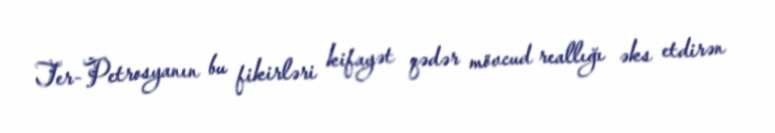
Ter-Petrosyanın bu fikirləri kifayət qədər mövcud reallığı əks etdirən